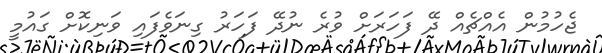
ޖެހުމުން އެއްޗެއް ދޭ ފަހަރަށް ވުރެ ނުދޭ ފަހަރު ގިނަވެފައި ވަނިކޮށް ގައުމީ